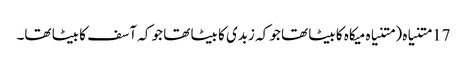
17 متنیاہ ( متنیاہ میکاہ کا بیٹا تھا جو کہ زبدی کا بیٹا تھا جو کہ آسف کا بیٹا تھا۔